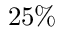
2 5 \%